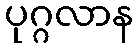
ပုဂ္ဂလာန